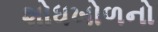
શોધખોળનો